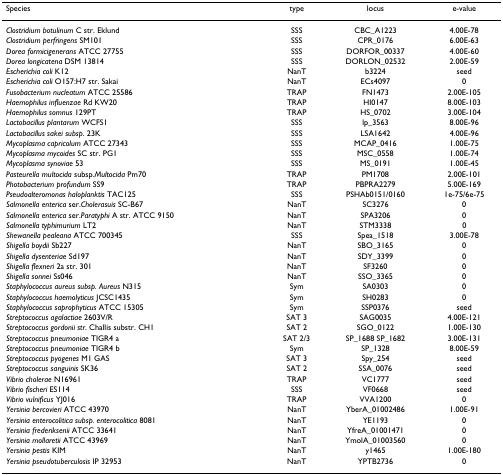
<table><thead><tr><td><b>Species</b></td><td><b>type</b></td><td><b>locus</b></td><td><b>e-value</b></td></tr></thead><tbody><tr><td><i>Clostridium botulinum </i>C str. Eklund</td><td>SSS</td><td>CBC_A1223</td><td>4.00E-78</td></tr><tr><td><i>Clostridium perfringens </i>SM101</td><td>SSS</td><td>CPR_0176</td><td>6.00E-63</td></tr><tr><td><i>Dorea formicigenerans </i>ATCC 27755</td><td>SSS</td><td>DORFOR_00337</td><td>4.00E-60</td></tr><tr><td><i>Dorea longicatena </i>DSM 13814</td><td>SSS</td><td>DORLON_02532</td><td>2.00E-59</td></tr><tr><td><i>Escherichia coli </i>K12</td><td>NanT</td><td>b3224</td><td>seed</td></tr><tr><td><i>Escherichia coli </i>O157:H7 str. Sakai</td><td>NanT</td><td>ECs4097</td><td>0</td></tr><tr><td><i>Fusobacterium nucleatum </i>ATCC 25586</td><td>TRAP</td><td>FN1473</td><td>2.00E-105</td></tr><tr><td><i>Haemophilus influenzae </i>Rd KW20</td><td>TRAP</td><td>HI0147</td><td>8.00E-103</td></tr><tr><td><i>Haemophilus somnus </i>129PT</td><td>TRAP</td><td>HS_0702</td><td>3.00E-104</td></tr><tr><td><i>Lactobacillus plantarum </i>WCFS1</td><td>SSS</td><td>lp_3563</td><td>8.00E-96</td></tr><tr><td><i>Lactobacillus sakei subsp</i>. 23K</td><td>SSS</td><td>LSA1642</td><td>4.00E-96</td></tr><tr><td><i>Mycoplasma capricolum </i>ATCC 27343</td><td>SSS</td><td>MCAP_0416</td><td>1.00E-75</td></tr><tr><td><i>Mycoplasma mycoides </i>SC str. PG1</td><td>SSS</td><td>MSC_0558</td><td>1.00E-74</td></tr><tr><td><i>Mycoplasma synoviae </i>53</td><td>SSS</td><td>MS_0191</td><td>1.00E-45</td></tr><tr><td><i>Pasteurella multocida </i>subsp.<i>Multocida </i>Pm70</td><td>TRAP</td><td>PM1708</td><td>2.00E-101</td></tr><tr><td><i>Photobacterium profundum </i>SS9</td><td>TRAP</td><td>PBPRA2279</td><td>5.00E-169</td></tr><tr><td><i>Pseudoalteromonas haloplanktis </i>TAC125</td><td>SSS</td><td>PSHAb0151/0160</td><td>1e-75/6e-75</td></tr><tr><td><i>Salmonella enterica </i>ser.<i>Cholerasuis </i>SC-B67</td><td>NanT</td><td>SC3276</td><td>0</td></tr><tr><td><i>Salmonella enterica </i>ser.<i>Paratyphi </i>A str. ATCC 9150</td><td>NanT</td><td>SPA3206</td><td>0</td></tr><tr><td><i>Salmonella typhimurium </i>LT2</td><td>NanT</td><td>STM3338</td><td>0</td></tr><tr><td><i>Shewanella pealeana </i>ATCC 700345</td><td>SSS</td><td>Spea_1518</td><td>3.00E-78</td></tr><tr><td><i>Shigella boydii </i>Sb227</td><td>NanT</td><td>SBO_3165</td><td>0</td></tr><tr><td><i>Shigella dysenteriae </i>Sd197</td><td>NanT</td><td>SDY_3399</td><td>0</td></tr><tr><td><i>Shigella flexneri </i>2a str. 301</td><td>NanT</td><td>SF3260</td><td>0</td></tr><tr><td><i>Shigella sonnei </i>Ss046</td><td>NanT</td><td>SSO_3365</td><td>0</td></tr><tr><td><i>Staphylococcus aureus subsp. Aureus </i>N315</td><td>Sym</td><td>SA0303</td><td>0</td></tr><tr><td><i>Staphylococcus haemolyticus </i>JCSC1435</td><td>Sym</td><td>SH0283</td><td>0</td></tr><tr><td><i>Staphylococcus saprophyticus </i>ATCC 15305</td><td>Sym</td><td>SSP0376</td><td>seed</td></tr><tr><td><i>Streptococcus agalactiae </i>2603V/R</td><td>SAT 3</td><td>SAG0035</td><td>4.00E-121</td></tr><tr><td><i>Streptococcus gordonii str</i>. Challis substr. CH1</td><td>SAT 2</td><td>SGO_0122</td><td>1.00E-130</td></tr><tr><td><i>Streptococcus pneumoniae </i>TIGR4 a</td><td>SAT 2/3</td><td>SP_1688 SP_1682</td><td>3.00E-131</td></tr><tr><td><i>Streptococcus pneumoniae </i>TIGR4 b</td><td>Sym</td><td>SP_1328</td><td>8.00E-59</td></tr><tr><td><i>Streptococcus pyogenes </i>M1 GAS</td><td>SAT 3</td><td>Spy_254</td><td>seed</td></tr><tr><td><i>Streptococcus sanguinis </i>SK36</td><td>SAT 2</td><td>SSA_0076</td><td>seed</td></tr><tr><td><i>Vibrio cholerae </i>N16961</td><td>TRAP</td><td>VC1777</td><td>seed</td></tr><tr><td><i>Vibrio fischeri </i>ES114</td><td>SSS</td><td>VF0668</td><td>seed</td></tr><tr><td><i>Vibrio vulnificus </i>YJ016</td><td>TRAP</td><td>VVA1200</td><td>0</td></tr><tr><td><i>Yersinia bercovieri </i>ATCC 43970</td><td>NanT</td><td>YberA_01002486</td><td>1.00E-91</td></tr><tr><td><i>Yersinia enterocolitica subsp. enterocolitica </i>8081</td><td>NanT</td><td>YE1193</td><td>0</td></tr><tr><td><i>Yersinia frederiksenii </i>ATCC 33641</td><td>NanT</td><td>YfreA_01001471</td><td>0</td></tr><tr><td><i>Yersinia mollaretii </i>ATCC 43969</td><td>NanT</td><td>YmolA_01003560</td><td>0</td></tr><tr><td><i>Yersinia pestis </i>KIM</td><td>NanT</td><td>y1465</td><td>1.00E-180</td></tr><tr><td><i>Yersinia pseudotuberculosis </i>IP 32953</td><td>NanT</td><td>YPTB2736</td><td>0</td></tr></tbody></table>